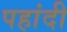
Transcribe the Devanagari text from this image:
पहांदी